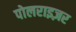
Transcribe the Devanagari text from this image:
पोलराइज़र